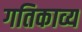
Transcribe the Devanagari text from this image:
गतिकाव्य